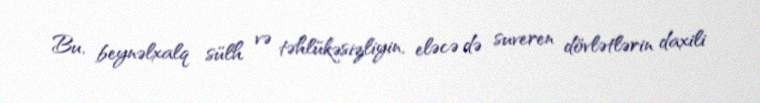
Bu, beynəlxalq sülh və təhlükəsizliyin, eləcə də suveren dövlətlərin daxili